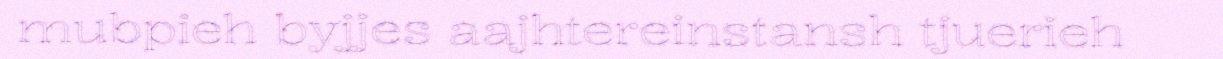
mubpieh byjjes aajhtereinstansh tjuerieh